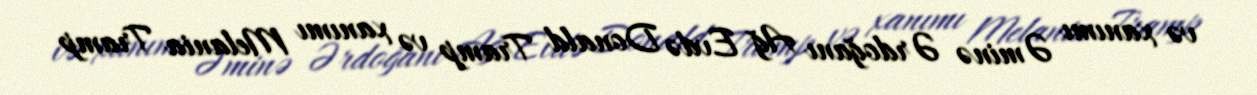
və xanımı Əminə Ərdoğanı Ağ Evdə Donald Tramp və xanımı Melania Tramp